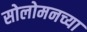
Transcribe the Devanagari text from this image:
सोलोमनच्या